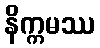
နိက္ကမဿ